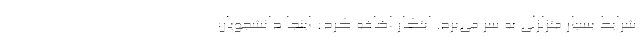
شرایط بسیار متزلزلی به سر می‌برد. ابتکار اضافه کرد: اینجا دانشجویان